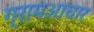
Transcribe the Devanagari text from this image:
ग्रामआचार